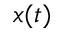
x ( t )